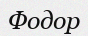
Фодор